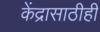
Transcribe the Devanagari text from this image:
केंद्रासाठीही